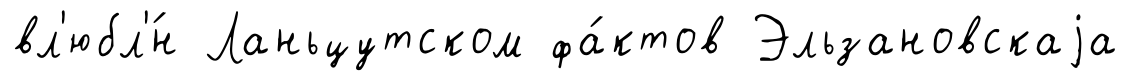
вл'юбл'́н Ланьцутском фа́ктов Эльзановскаjа